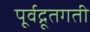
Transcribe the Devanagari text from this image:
पूर्वद्रूतगती